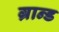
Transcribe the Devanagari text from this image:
ग्रान्ड